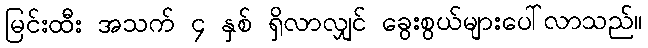
မြင်းထီး အသက် ၄ နှစ် ရှိလာလျှင် ခွေးစွယ်များပေါ်လာသည်။